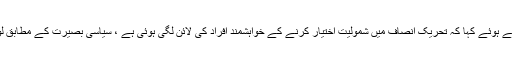
تفصیلات کے مطابق تحریک انصاف کے ترجمان فواد چوہدری نے نیوز کانفرنس کرتے ہوئے کہا کہ تحریکِ انصاف میں شمولیت اختیار کرنے کے خواہشمند افراد کی لائن لگی ہوئی ہے ، سیاسی بصیرت کے مطابق لوگوں کو شامل کررہے ہیں، ہم نےایک مافیاسےجان چھڑانی تھی اورتقریباًچھڑالی ہے۔